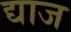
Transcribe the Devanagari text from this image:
द्याज